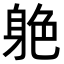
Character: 𨉆